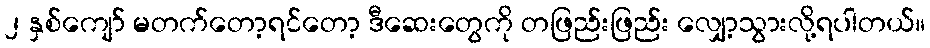
၂ နှစ်ကျော် မတက်တော့ရင်တော့ ဒီဆေးတွေကို တဖြည်းဖြည်း လျှော့သွားလို့ရပါတယ်။